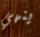
ينهي